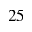
2 5